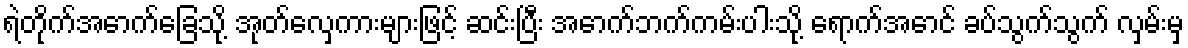
ရဲတိုက်အောက်ခြေသို့ အုတ်လှေကားများဖြင့် ဆင်းပြီး အောက်ဘက်ကမ်းပါးသို့ ရောက်အောင် ခပ်သွက်သွက် လှမ်းမှ